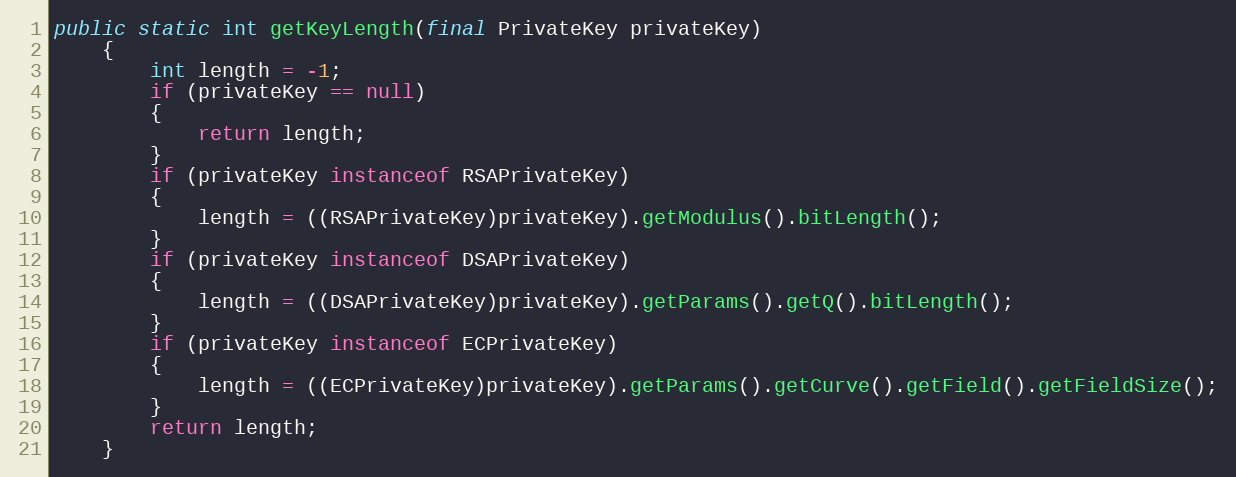
Language: Java
public static int getKeyLength(final PrivateKey privateKey)
	{
		int length = -1;
		if (privateKey == null)
		{
			return length;
		}
		if (privateKey instanceof RSAPrivateKey)
		{
			length = ((RSAPrivateKey)privateKey).getModulus().bitLength();
		}
		if (privateKey instanceof DSAPrivateKey)
		{
			length = ((DSAPrivateKey)privateKey).getParams().getQ().bitLength();
		}
		if (privateKey instanceof ECPrivateKey)
		{
			length = ((ECPrivateKey)privateKey).getParams().getCurve().getField().getFieldSize();
		}
		return length;
	}